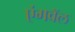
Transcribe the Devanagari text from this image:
एंगवॅल